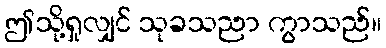
ဤသို့ရှုလျှင် သုခသညာ ကွာသည်။